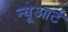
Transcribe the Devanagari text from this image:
न्यूआर्ट